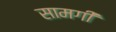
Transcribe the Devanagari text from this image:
सामगीं